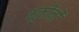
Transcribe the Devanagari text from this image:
भूमींनी